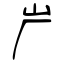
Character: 屵